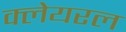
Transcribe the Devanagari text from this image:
क्लेयरल